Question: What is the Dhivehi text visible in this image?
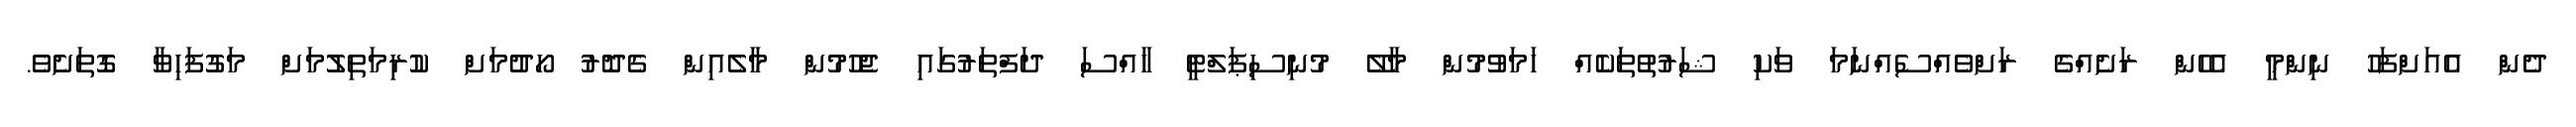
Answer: ދެން އެއަށްފަހު ނިންމީ އެހެން ރަށެއްގެ ރަށްވެއްސެއްނަމަ ވަކި ޝަރުތުތަކެއް ހަމަވުމުން މާލޭ މުނިސިޕަލްޓީ ޚާއްސަ ދަފްތަރުގައި ޖެހުމުން މާލެއިން ގެދޮރު ހޯދުމަށް ކުރިމަތިލުމަށް މަގުފަހިވާ ގޮތަށެވެ.